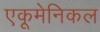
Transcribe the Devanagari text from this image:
एकूमेनिकल